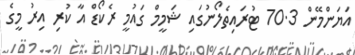
އަޔަންމޭން 70.3 ޓުރައިތެލޯނުގައި ޝަމީމް ގައުމީ ރެކޯޑް އާ ކުރި އިރު މީގެ